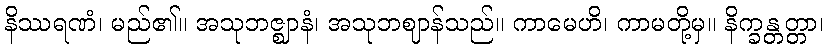
နိဿရဏံ၊ မည်၏။ အသုဘဇ္ဈာနံ၊ အသုဘဈာန်သည်။ ကာမေဟိ၊ ကာမတို့မှ။ နိက္ခန္တတ္တာ၊